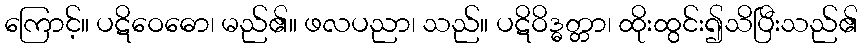
ကြောင့်။ ပဋိဝေဓော၊ မည်၏။ ဖလပညာ၊ သည်။ ပဋိဝိဒ္ဓတ္တာ၊ ထိုးထွင်း၍သိပြီးသည်၏